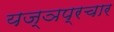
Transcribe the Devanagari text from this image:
यज्ञप्रचार